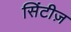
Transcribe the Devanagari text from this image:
सिंटीज़